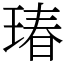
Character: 瑃